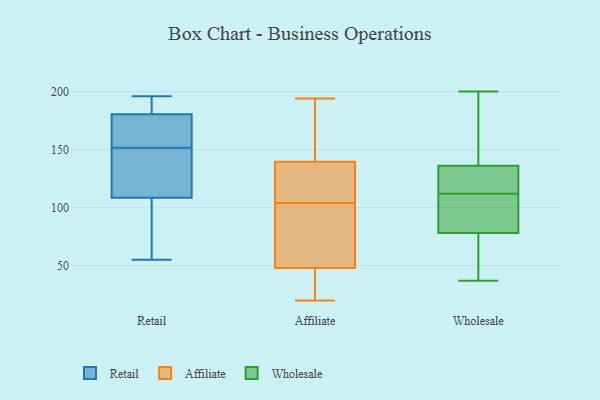
{"axis": {"x": "Waste Production (Tons)", "y": "Value"}, "legend": ["Affiliate", "Retail", "Wholesale"], "data": [{"x": "", "y": 122, "type": "Retail"}, {"x": "", "y": 185, "type": "Retail"}, {"x": "", "y": 166, "type": "Retail"}, {"x": "", "y": 116, "type": "Retail"}, {"x": "", "y": 162, "type": "Retail"}, {"x": "", "y": 104, "type": "Retail"}, {"x": "", "y": 85, "type": "Retail"}, {"x": "", "y": 190, "type": "Retail"}, {"x": "", "y": 55, "type": "Retail"}, {"x": "", "y": 171, "type": "Retail"}, {"x": "", "y": 141, "type": "Retail"}, {"x": "", "y": 113, "type": "Retail"}, {"x": "", "y": 58, "type": "Retail"}, {"x": "", "y": 196, "type": "Retail"}, {"x": "", "y": 176, "type": "Retail"}, {"x": "", "y": 188, "type": "Retail"}, {"x": "", "y": 110, "type": "Affiliate"}, {"x": "", "y": 175, "type": "Affiliate"}, {"x": "", "y": 129, "type": "Affiliate"}, {"x": "", "y": 20, "type": "Affiliate"}, {"x": "", "y": 171, "type": "Affiliate"}, {"x": "", "y": 86, "type": "Affiliate"}, {"x": "", "y": 28, "type": "Affiliate"}, {"x": "", "y": 83, "type": "Affiliate"}, {"x": "", "y": 164, "type": "Affiliate"}, {"x": "", "y": 143, "type": "Affiliate"}, {"x": "", "y": 46, "type": "Affiliate"}, {"x": "", "y": 194, "type": "Affiliate"}, {"x": "", "y": 104, "type": "Affiliate"}, {"x": "", "y": 48, "type": "Affiliate"}, {"x": "", "y": 48, "type": "Affiliate"}, {"x": "", "y": 58, "type": "Affiliate"}, {"x": "", "y": 34, "type": "Affiliate"}, {"x": "", "y": 105, "type": "Affiliate"}, {"x": "", "y": 122, "type": "Affiliate"}, {"x": "", "y": 177, "type": "Wholesale"}, {"x": "", "y": 69, "type": "Wholesale"}, {"x": "", "y": 114, "type": "Wholesale"}, {"x": "", "y": 200, "type": "Wholesale"}, {"x": "", "y": 78, "type": "Wholesale"}, {"x": "", "y": 185, "type": "Wholesale"}, {"x": "", "y": 124, "type": "Wholesale"}, {"x": "", "y": 112, "type": "Wholesale"}, {"x": "", "y": 112, "type": "Wholesale"}, {"x": "", "y": 99, "type": "Wholesale"}, {"x": "", "y": 86, "type": "Wholesale"}, {"x": "", "y": 200, "type": "Wholesale"}, {"x": "", "y": 124, "type": "Wholesale"}, {"x": "", "y": 58, "type": "Wholesale"}, {"x": "", "y": 112, "type": "Wholesale"}, {"x": "", "y": 37, "type": "Wholesale"}, {"x": "", "y": 136, "type": "Wholesale"}, {"x": "", "y": 77, "type": "Wholesale"}]}